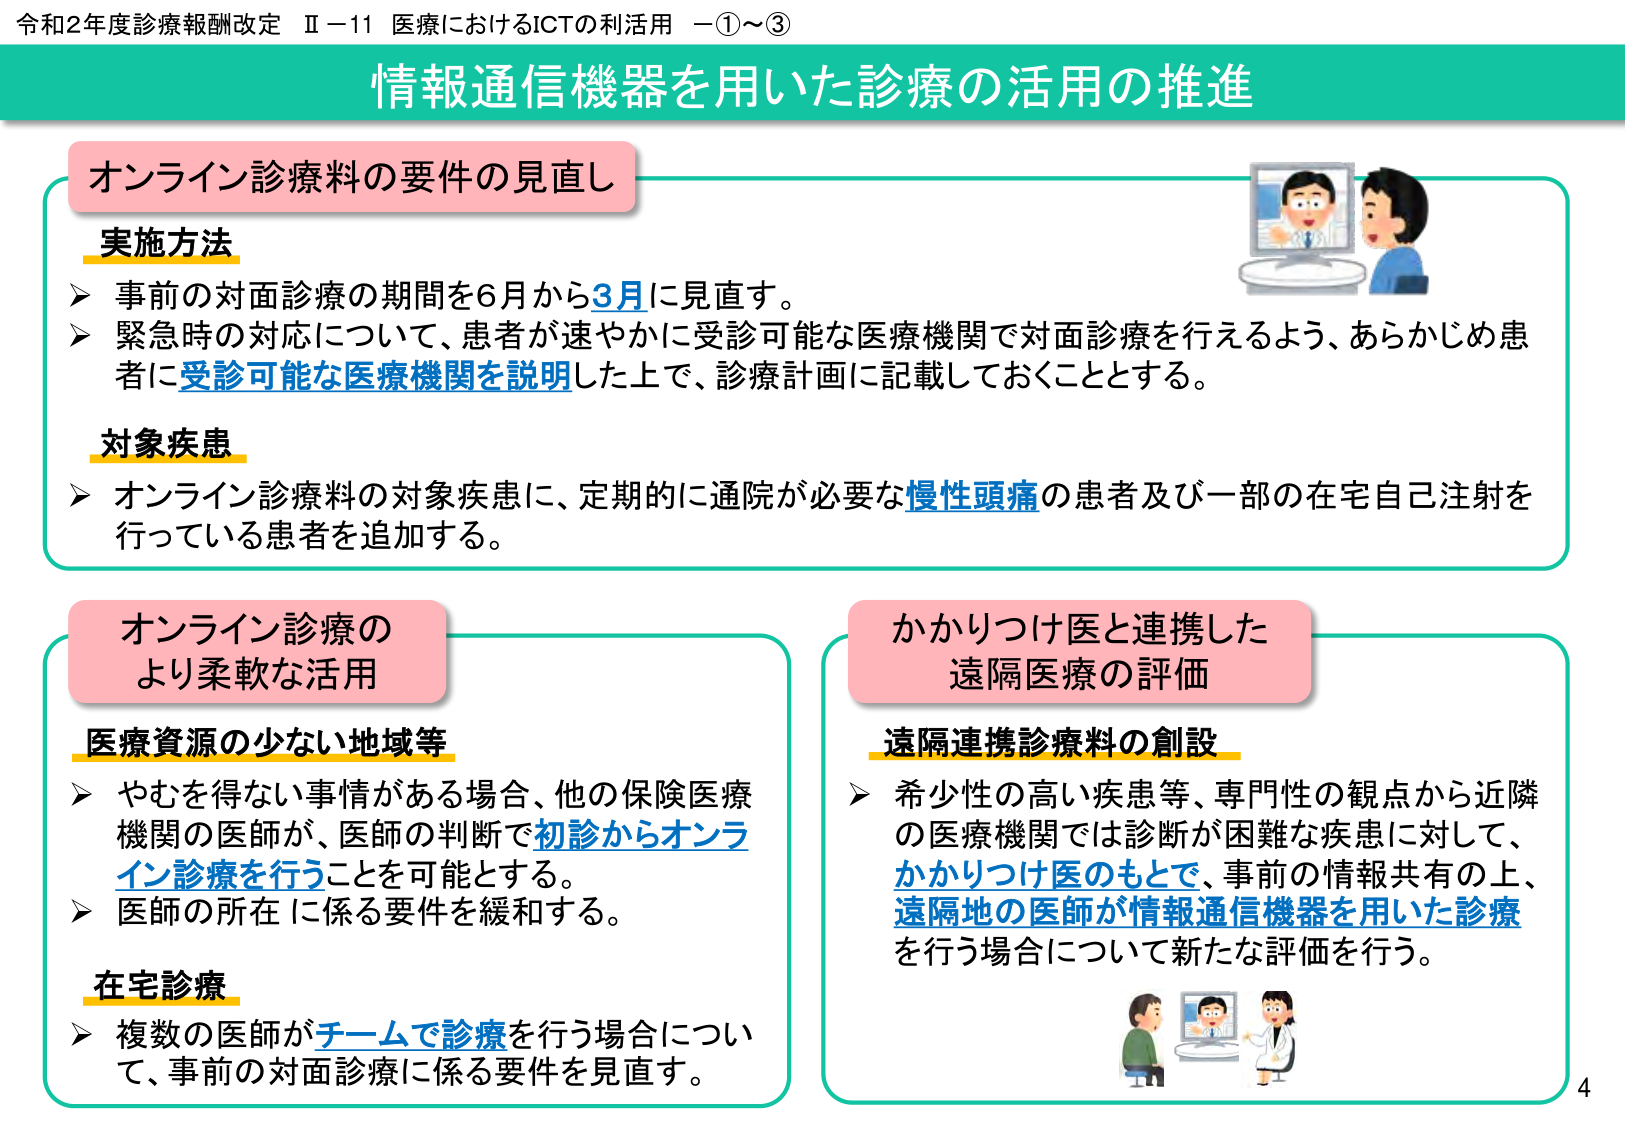
令和2年度診療報酬改定 Ⅱ－11 医療におけるICTの利活用 －①～③
情報通信機器を用いた診療の活用の推進

オンライン診療料の要件の見直し
実施方法
➤ 事前の対面診療の期間を6月から3月に見直す。
➤ 緊急時の対応について、患者が速やかに受診可能な医療機関で対面診療を行えるよう、あらかじめ患者に受診可能な医療機関を説明した上で、診療計画に記載しておくこととする。

対象疾患
➤ オンライン診療料の対象疾患に、定期的に通院が必要な慢性頭痛の患者及び一部の在宅自己注射を行っている患者を追加する。

オンライン診療の
より柔軟な活用
医療資源の少ない地域等
➤ やむを得ない事情がある場合、他の保険医療機関の医師が、医師の判断で初診からオンライン診療を行うことを可能とする。
➤ 医師の所在に係る要件を緩和する。

在宅診療
➤ 複数の医師がチームで診療を行う場合について、事前の対面診療に係る要件を見直す。

かかりつけ医と連携した
遠隔医療の評価
遠隔連携診療料の創設
➤ 希少性の高い疾患等、専門性の観点から近隣の医療機関では診断が困難な疾患に対して、かかりつけ医のもとで、事前の情報共有の上、遠隔地の医師が情報通信機器を用いた診療を行う場合について新たな評価を行う。

4